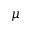
\mu